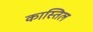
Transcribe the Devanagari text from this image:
कास्तिल